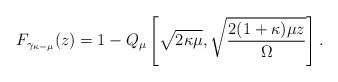
LaTeX: \begin{align*}F_{\gamma_{\kappa-\mu}}(z)=1-Q_{\mu }\left[\sqrt {2\kappa \mu }, \sqrt{\frac{2(1+\kappa )\mu z}{\Omega}}\right].\end{align*}